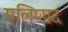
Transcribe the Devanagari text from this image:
एलिप्पद